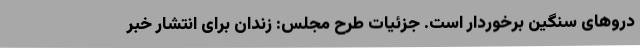
دروهای سنگین برخوردار است. جزئیات طرح مجلس: زندان برای انتشار خبر